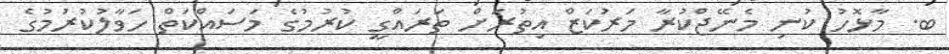
ބ. މާޅޮހު ކުނި މެނޭޖްކުރާ މަރުކަޒް އިތުރަށް ތަރައްގީ ކުރުމުގެ މަސައްކަތް ހަވާލުކުރުމުގެ